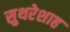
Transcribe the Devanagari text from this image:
सुथरेशाह